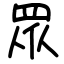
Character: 眾